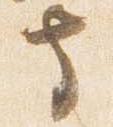
寺